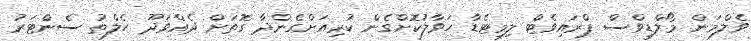
ވެލްމަން މޯލްޑިވްސް ޕްރައިވެޓް ލިމިޓެޑާ ހަވާލުކޮށްގެން ކުރިއަށްގެންދާ ގޮތަށް ދެއްވަދޫ ހެލްތު ސެންޓަރު